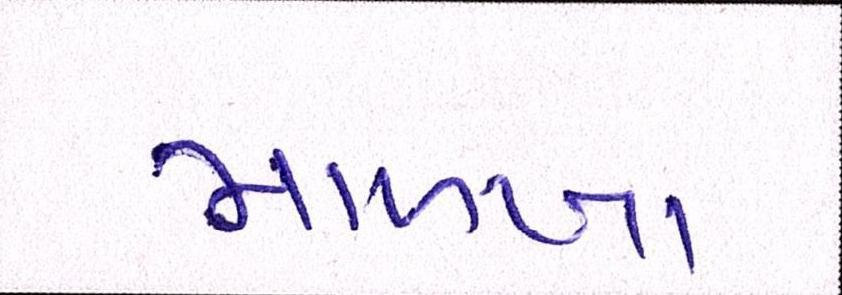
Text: માળખા